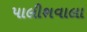
પાલીશવાલા